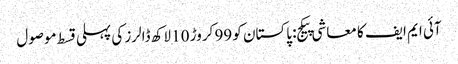
آئی ایم ایف کا معاشی پیکج: پاکستان کو 99 کروڑ 10 لاکھ ڈالرز کی پہلی قسط موصول